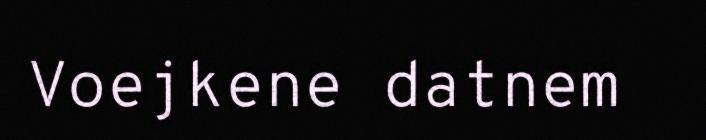
Voejkene datnem